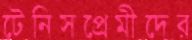
টেনিসপ্রেমীদের